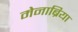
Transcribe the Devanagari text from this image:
मेनाब्रिया